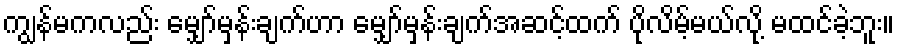
ကျွန်မကလည်း မျှော်မှန်းချက်ဟာ မျှော်မှန်းချက်အဆင့်ထက် ပိုလိမ့်မယ်လို့ မထင်ခဲ့ဘူး။